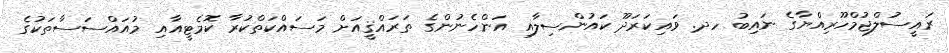
ރައީސުލްޖުމްހޫރިއްޔާގެ ނައިބު ހދ. ވައިކަރަދޫ ކައުންސިލާއި އަންހެނުންގެ ތަރައްޤީއަށް މަސައްކަތްކުރާ ކޮމެޓީއާއި މުއައްސަސާތަކުގެ